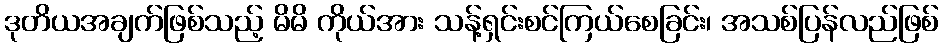
ဒုတိယအချက်ဖြစ်သည့် မိမိ ကိုယ်အား သန့်ရှင်းစင်ကြယ်စေခြင်း၊ အသစ်ပြန်လည်ဖြစ်